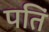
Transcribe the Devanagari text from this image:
पतिं